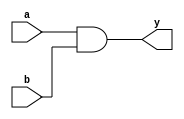
module combinational_logic (
    input wire a,       // First input
    input wire b,       // Second input
    output reg y       // Output
);

// Always block for combinational logic
always @ (a or b) begin
    // Immediate assignment
    y = a & b; // AND operation
end

endmodule